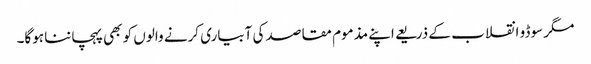
مگر سوڈو انقلاب کے ذریعے اپنے مذموم مقاصد کی آبیاری کرنے والوں کو بھی پہچاننا ہوگا۔